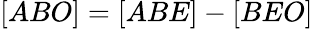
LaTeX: [ABO]=[ABE]-[BEO]